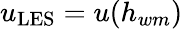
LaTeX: u_{\mathrm{LES}}=u(h_{wm})